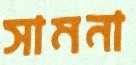
সামনা